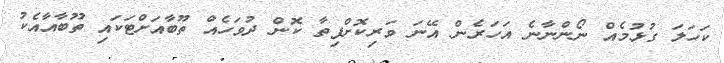
ކަހަލަ ގުޅުމެއް ނޯންނާނެ އަހަރެން އޭނަ ވަރިކޮށްފިތާ ކޮން ދުވަހެއް ތޫބާއަށްޓަކައި ތޫބާއާއެކު